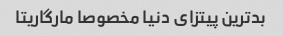
بدترین پیتزای دنیا مخصوصا مارگاریتا